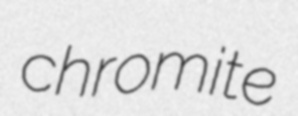
chromite